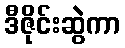
ဒီဇိုင်းဆွဲကာ